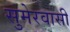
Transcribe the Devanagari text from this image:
सुमेरवासी